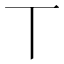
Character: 丅